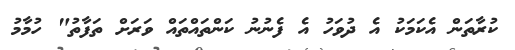
ކުރާތަން އެކަމަކު އެ ދުވަހު އެ ފެނުނު ކަންތައްތައް ވަރަށް ތަފާތު" ހުމާމު